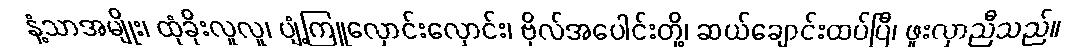
နံ့သာအမျိုး၊ ထုံခိုးလူလူ၊ ပျံ့ကြူလှောင်းလှောင်း၊ ဗိုလ်အပေါင်းတို့၊ ဆယ်ချောင်းထပ်ပြီ၊ ဖူးလှာညီသည်။